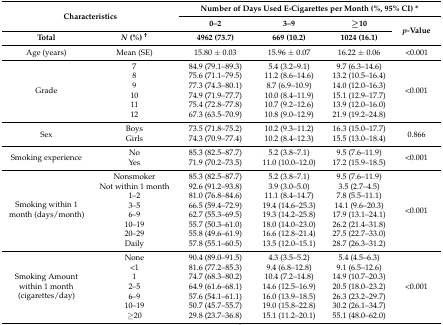
<table><thead><tr><td colspan="2" rowspan="2"><b>Characteristics</b></td><td colspan="4"><b>Number of Days Used E-Cigarettes per Month (%, 95% CI) *</b></td></tr><tr><td><b>0–2</b></td><td><b>3–9</b></td><td><b>≥10</b></td><td rowspan="2"><b><i>p</i>-Value</b></td></tr><tr><td><b>Total</b></td><td><b><i>N</i> (%) <sup>†</sup></b></td><td><b>4962 (73.7)</b></td><td><b>669 (10.2)</b></td><td><b>1024 (16.1)</b></td></tr></thead><tbody><tr><td>Age (years)</td><td>Mean (SE)</td><td>15.80 ± 0.03</td><td>15.96 ± 0.07</td><td>16.22 ± 0.06</td><td>&lt;0.001</td></tr><tr><td rowspan="6">Grade</td><td>7</td><td>84.9 (79.1–89.3)</td><td>5.4 (3.2–9.1)</td><td>9.7 (6.3–14.6)</td><td rowspan="6">&lt;0.001</td></tr><tr><td>8</td><td>75.6 (71.1–79.5)</td><td>11.2 (8.6–14.6)</td><td>13.2 (10.5–16.4)</td></tr><tr><td>9</td><td>77.3 (74.3–80.1)</td><td>8.7 (6.9–10.9)</td><td>14.0 (12.0–16.3)</td></tr><tr><td>10</td><td>74.9 (71.9–77.7)</td><td>10.0 (8.4–11.9)</td><td>15.1 (12.9–17.7)</td></tr><tr><td>11</td><td>75.4 (72.8–77.8)</td><td>10.7 (9.2–12.6)</td><td>13.9 (12.0–16.0)</td></tr><tr><td>12</td><td>67.3 (63.5–70.9)</td><td>10.8 (9.0–12.9)</td><td>21.9 (19.2–24.8)</td></tr><tr><td rowspan="2">Sex</td><td>Boys</td><td>73.5 (71.8–75.2)</td><td>10.2 (9.3–11.2)</td><td>16.3 (15.0–17.7)</td><td rowspan="2">0.866</td></tr><tr><td>Girls</td><td>74.3 (70.9–77.4)</td><td>10.2 (8.4–12.3)</td><td>15.5 (13.0–18.4)</td></tr><tr><td rowspan="2">Smoking experience</td><td>No</td><td>85.3 (82.5–87.7)</td><td>5.2 (3.8–7.1)</td><td>9.5 (7.6–11.9)</td><td rowspan="2">&lt;0.001</td></tr><tr><td>Yes</td><td>71.9 (70.2–73.5)</td><td>11.0 (10.0–12.0)</td><td>17.2 (15.9–18.5)</td></tr><tr><td rowspan="8">Smoking within 1 month (days/month)</td><td>Nonsmoker</td><td>85.3 (82.5–87.7)</td><td>5.2 (3.8–7.1)</td><td>9.5 (7.6–11.9)</td><td rowspan="8">&lt;0.001</td></tr><tr><td>Not within 1 month</td><td>92.6 (91.2–93.8)</td><td>3.9 (3.0–5.0)</td><td>3.5 (2.7–4.5)</td></tr><tr><td>1–2</td><td>81.0 (76.8–84.6)</td><td>11.1 (8.4–14.7)</td><td>7.8 (5.5–11.1)</td></tr><tr><td>3–5</td><td>66.5 (59.4–72.9)</td><td>19.4 (14.6–25.3)</td><td>14.1 (9.6–20.3)</td></tr><tr><td>6–9</td><td>62.7 (55.3–69.5)</td><td>19.3 (14.2–25.8)</td><td>17.9 (13.1–24.1)</td></tr><tr><td>10–19</td><td>55.7 (50.3–61.0)</td><td>18.0 (14.0–23.0)</td><td>26.2 (21.4–31.8)</td></tr><tr><td>20–29</td><td>55.8 (49.6–61.9)</td><td>16.6 (12.8–21.4)</td><td>27.5 (22.7–33.0)</td></tr><tr><td>Daily</td><td>57.8 (55.1–60.5)</td><td>13.5 (12.0–15.1)</td><td>28.7 (26.3–31.2)</td></tr><tr><td rowspan="7">Smoking Amount within 1 month (cigarettes/day)</td><td>None</td><td>90.4 (89.0–91.5)</td><td>4.3 (3.5–5.2)</td><td>5.4 (4.5–6.3)</td><td rowspan="7">&lt;0.001</td></tr><tr><td>&lt;1</td><td>81.6 (77.2–85.3)</td><td>9.4 (6.8–12.8)</td><td>9.1 (6.5–12.6)</td></tr><tr><td>1 </td><td>74.7 (68.3–80.2)</td><td>10.4 (7.2–14.8)</td><td>14.9 (10.7–20.3)</td></tr><tr><td>2–5</td><td>64.9 (61.6–68.1)</td><td>14.6 (12.5–16.9)</td><td>20.5 (18.0–23.2)</td></tr><tr><td>6–9</td><td>57.6 (54.1–61.1)</td><td>16.0 (13.9–18.5)</td><td>26.3 (23.2–29.7)</td></tr><tr><td>10–19</td><td>50.7 (45.7–55.7)</td><td>19.0 (15.8–22.8)</td><td>30.2 (26.1–34.7)</td></tr><tr><td>≥20</td><td>29.8 (23.7–36.8)</td><td>15.1 (11.2–20.1)</td><td>55.1 (48.0–62.0)</td></tr></tbody></table>